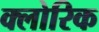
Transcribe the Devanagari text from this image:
क्लोरिक